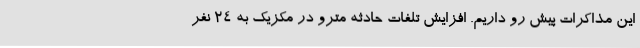
این مذاکرات پیش رو داریم. افزایش تلفات حادثه مترو در مکزیک به ۲۴ نفر